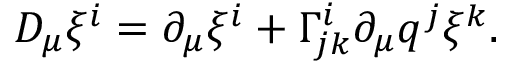
{ \cal D } _ { \mu } \xi ^ { i } = \partial _ { \mu } \xi ^ { i } + \Gamma _ { j k } ^ { i } \partial _ { \mu } q ^ { j } \xi ^ { k } .